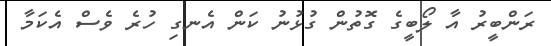
ރަންބީރު އާ ލޯބީގެ ގޮތުން ގުޅުނު ކަން އެނގި ހުރެ ވެސް އެކަމާ